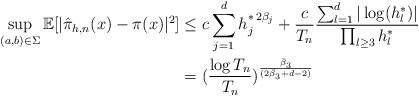
LaTeX: \begin{align*}\sup_{(a,b) \in \Sigma} \mathbb{E}[|\hat{\pi}_{h,n}(x) - \pi (x)|^2] & \le c \sum_{j = 1}^d h_j^{* \, 2 \beta_j} + \frac{c}{T_n}\frac{\sum_{l = 1}^d |\log(h^*_l)|}{\prod_{l \ge 3} h^*_l} \\& = (\frac{\log T_n}{T_n})^{\frac{\bar{\beta}_3}{(2 \bar{\beta}_3 + d - 2)}}\end{align*}